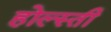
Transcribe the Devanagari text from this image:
होल्स्ती